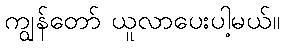
ကျွန်တော် ယူလာပေးပါ့မယ်။